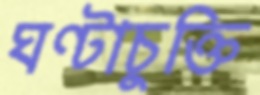
ঘণ্টাচুক্তি